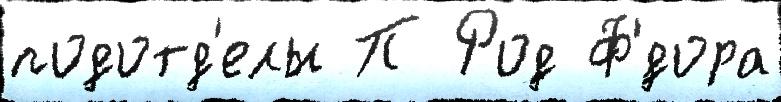
подотд'елы П Род Ф'́дора